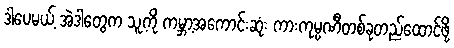
ဒါပေမယ့် အဲဒါတွေက သူ့ကို ကမ္ဘာ့အကောင်းဆုံး ကားကုမ္ပဏီတစ်ခုတည်ထောင်ဖို့